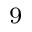
_ 9